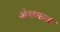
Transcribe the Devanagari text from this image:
अंशवाला